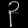
Digit: ၃